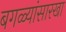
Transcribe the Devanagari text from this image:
बगळ्यांसारखा